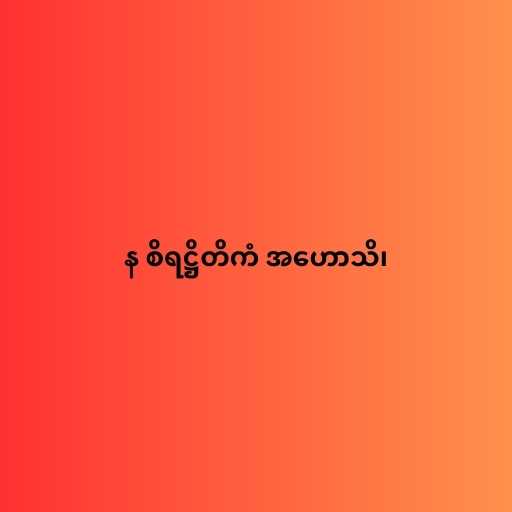
န စိရဋ္ဌိတိကံ အဟောသိ၊